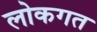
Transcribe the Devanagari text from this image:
लोकगत